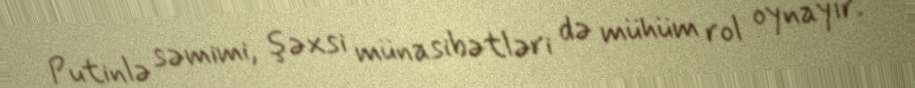
Putinlə səmimi, şəxsi münasibətləri də mühüm rol oynayır.